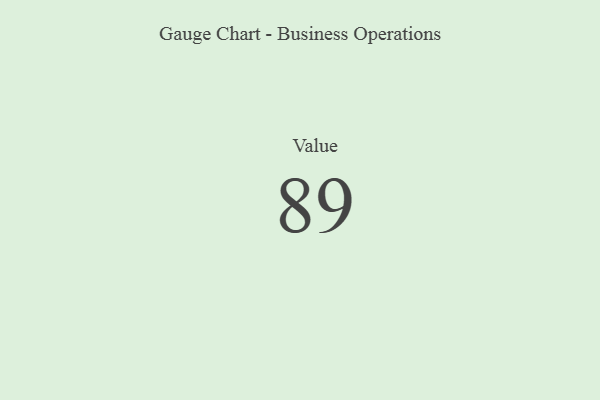
{"axis": {"x": "Metric", "y": "Value"}, "legend": [""], "data": [{"x": "Value", "y": 89, "type": ""}]}